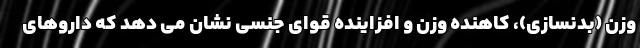
وزن (بدنسازی)، کاهنده وزن و افزاینده قوای جنسی نشان می دهد که داروهای